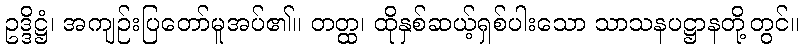
ဥဒ္ဒိဋ္ဌံ၊ အကျဉ်းပြတော်မူအပ်၏။ တတ္ထ၊ ထိုနှစ်ဆယ့်ရှစ်ပါးသော သာသနပဋ္ဌာနတို့တွင်။